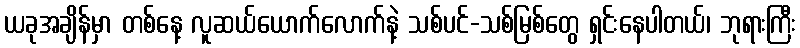
ယခုအချိန်မှာ တစ်နေ့ လူဆယ်ယောက်လောက်နဲ့ သစ်ပင်-သစ်မြစ်တွေ ရှင်းနေပါတယ်၊ ဘုရားကြီး